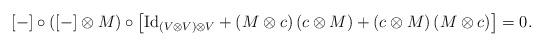
LaTeX: \begin{align*}\left[ -\right] \circ \left( \left[ -\right] \otimes M\right) \circ \left[\mathrm{Id}_{\left( V\otimes V\right) \otimes V}+\left( M\otimes c\right)\left( c\otimes M\right) +\left( c\otimes M\right) \left( M\otimes c\right) \right] =0. \end{align*}